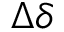
\Delta \delta